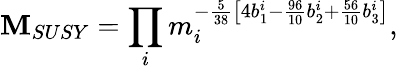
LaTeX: \mathbf{M}_{SUSY}=\prod_{i}m_{i}^{-\frac{{5}}{{38}}\left[4b_{1}^{i}-\frac{{96}}{{10}}b_{2}^{i}+\frac{{56}}{{10}}b_{3}^{i}\right]},